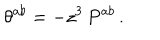
\theta ^ { a b } = - z ^ { 3 } \, P ^ { a b } \, .